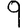
Digit: 9